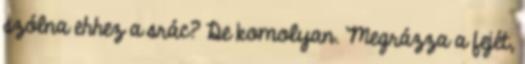
szólna ehhez a srác? De komolyan. Megrázza a fejét,